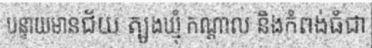
បន្ទាយមានជ័យ ត្បូងឃ្មុំ កណ្តាល និងកំពង់ធំជា